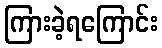
ကြားခဲ့ရကြောင်း